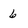
Character: 6